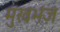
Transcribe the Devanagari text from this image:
मुखभंज